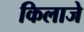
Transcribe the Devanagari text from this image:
किलाजे